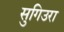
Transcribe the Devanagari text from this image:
सुगिउरा